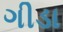
ગીડા